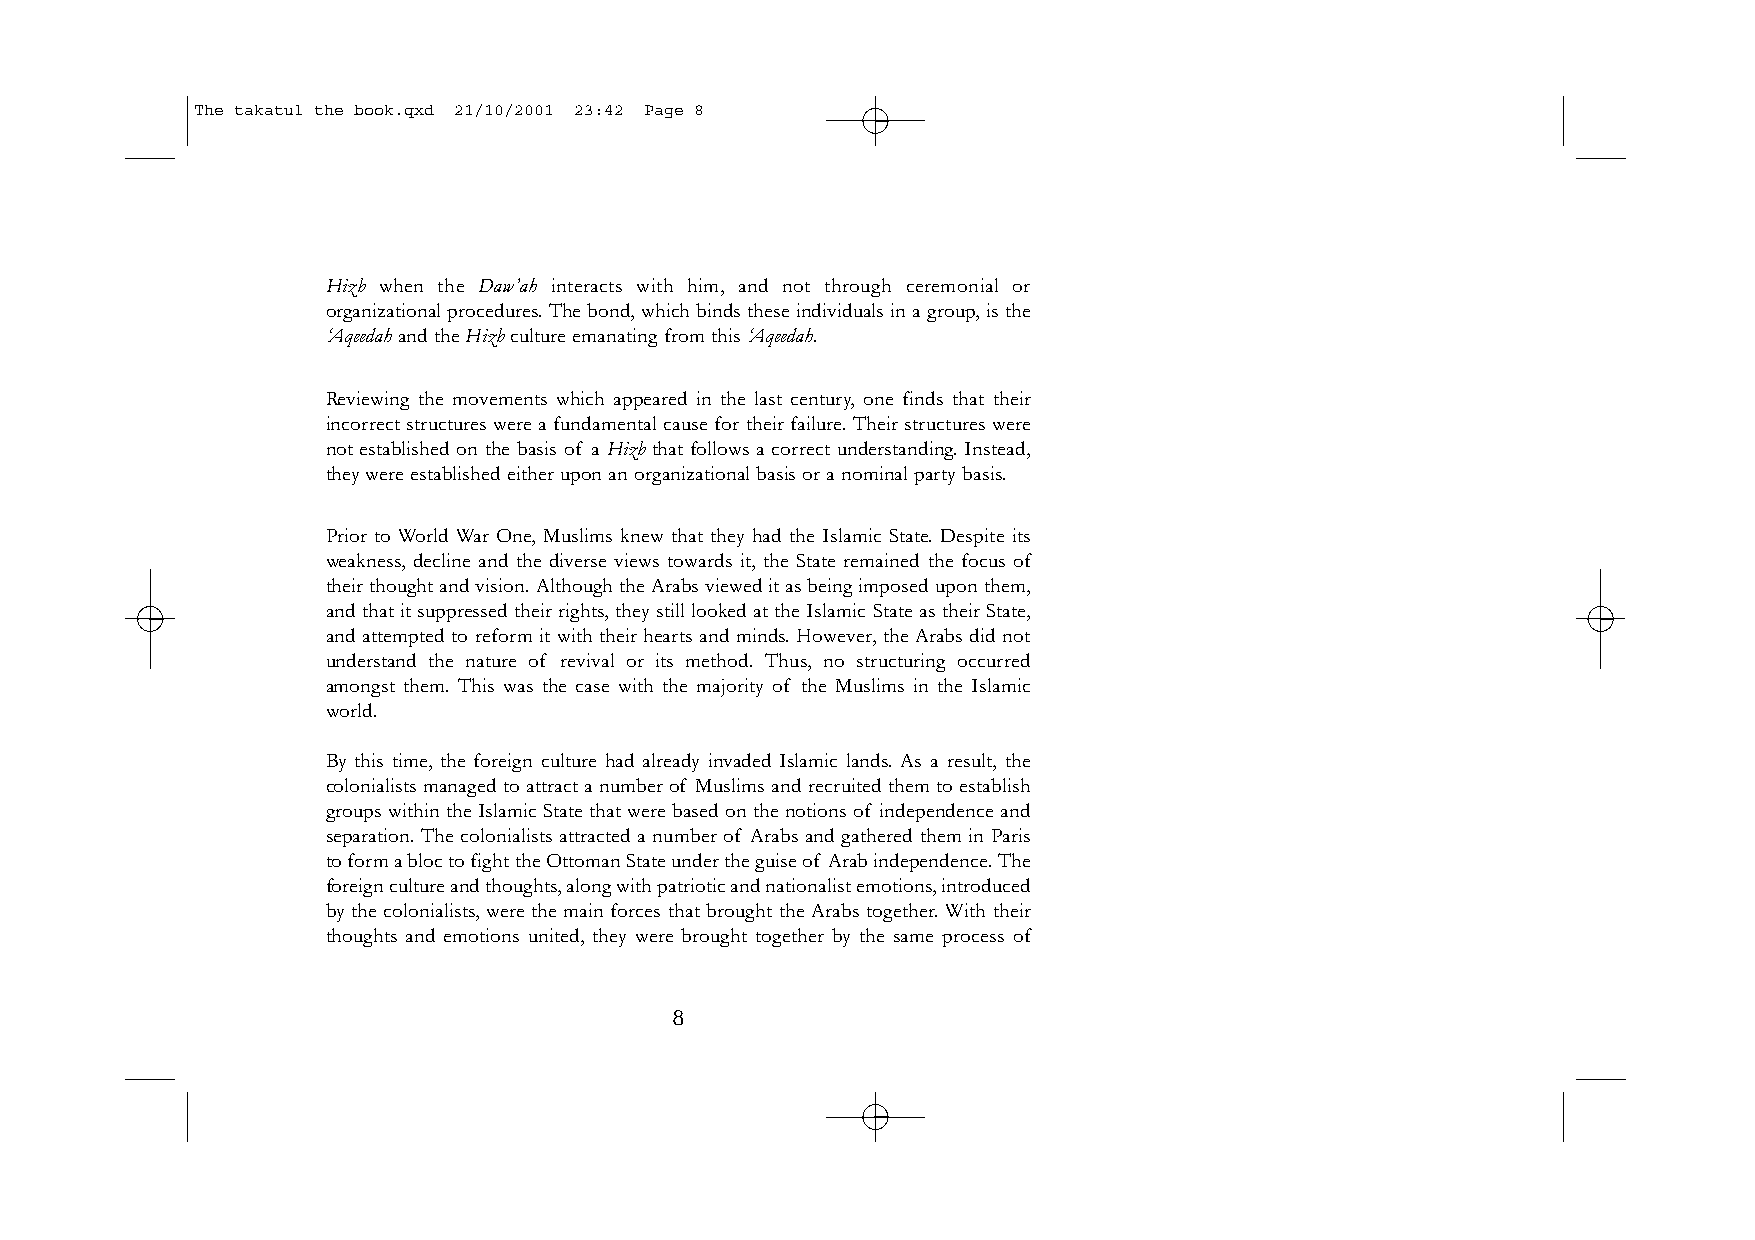
The takatul the book.qxd 21/10/2001 23:42 Page 8
 Hizb when the Daw’ah interacts with him, and not through ceremonial or
 organizational procedures.The bond,which binds these individuals in a group,is the
 ‘Aqeedahand the Hizbculture emanating from this ‘Aqeedah.
 Reviewing the movements which appeared in the last century, one finds that their
 incorrect structures were a fundamental cause for their failure. Their structures were
 not established on the basis of a Hizb that follows a correct understanding. Instead,
 they were established either upon an organizational basis or a nominal party basis.
 Prior to World War One, Muslims knew that they had the Islamic State. Despite its
 weakness, decline and the diverse views towards it, the State remained the focus of
 their thought and vision.Although the Arabs viewed it as being imposed upon them,
 and that it suppressed their rights, they still looked at the Islamic State as their State,
 and attempted to reform it with their hearts and minds. However, the Arabs did not
 understand the nature of revival or its method. Thus, no structuring occurred
 amongst them. This was the case with the majority of the Muslims in the Islamic
 world.
 By this time, the foreign culture had already invaded Islamic lands. As a result, the
 colonialists managed to attract a number of Muslims and recruited them to establish
 groups within the Islamic State that were based on the notions of independence and
 separation. The colonialists attracted a number of Arabs and gathered them in Paris
 to form a bloc to fight the Ottoman State under the guise of Arab independence.The
 foreign culture and thoughts,along with patriotic and nationalist emotions,introduced
 by the colonialists, were the main forces that brought the Arabs together. With their
 thoughts and emotions united, they were brought together by the same process of
 8